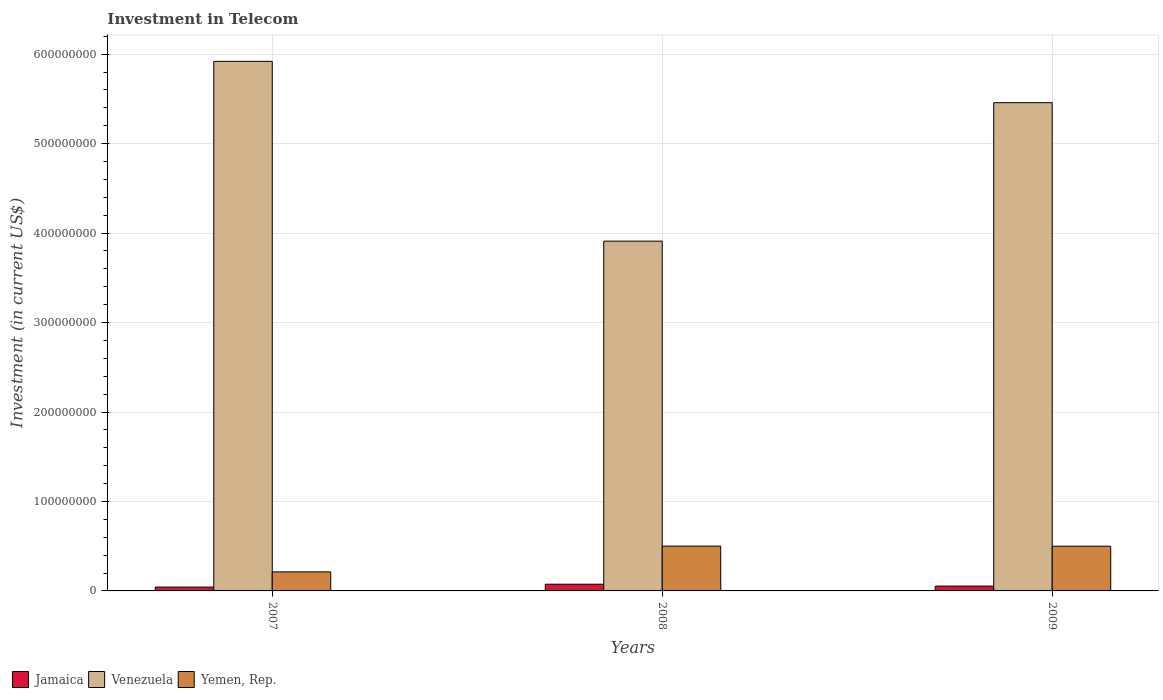
| Years | Jamaica | Venezuela | Yemen, Rep. |
 | --- | --- | --- | --- |
 | 2007 | 4.3e+06 | 5.92e+08 | 2.13e+07 |
 | 2008 | 7.5e+06 | 3.91e+08 | 5.01e+07 |
 | 2009 | 5.4e+06 | 5.46e+08 | 5e+07 |